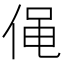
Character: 𠊟